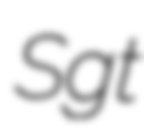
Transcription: Sgt